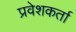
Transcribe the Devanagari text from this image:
प्रवेशकर्ता